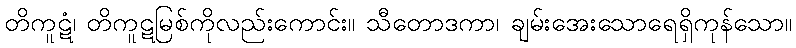
တိကူဋံ၊ တိကူဋမြစ်ကိုလည်းကောင်း။ သီတောဒကာ၊ ချမ်းအေးသောရေရှိကုန်သော။